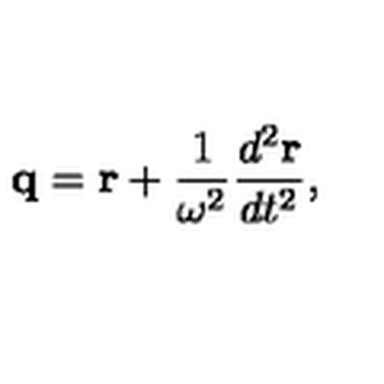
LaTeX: { \bf q } = { \bf r } + { \frac { 1 } { \omega ^ { 2 } } } { \frac { d ^ { 2 } { \bf r } } { d t ^ { 2 } } } ,